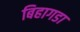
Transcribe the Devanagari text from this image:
बिहागडा